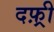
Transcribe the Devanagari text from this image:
दफ़्री